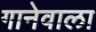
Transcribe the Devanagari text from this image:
गानेवाला